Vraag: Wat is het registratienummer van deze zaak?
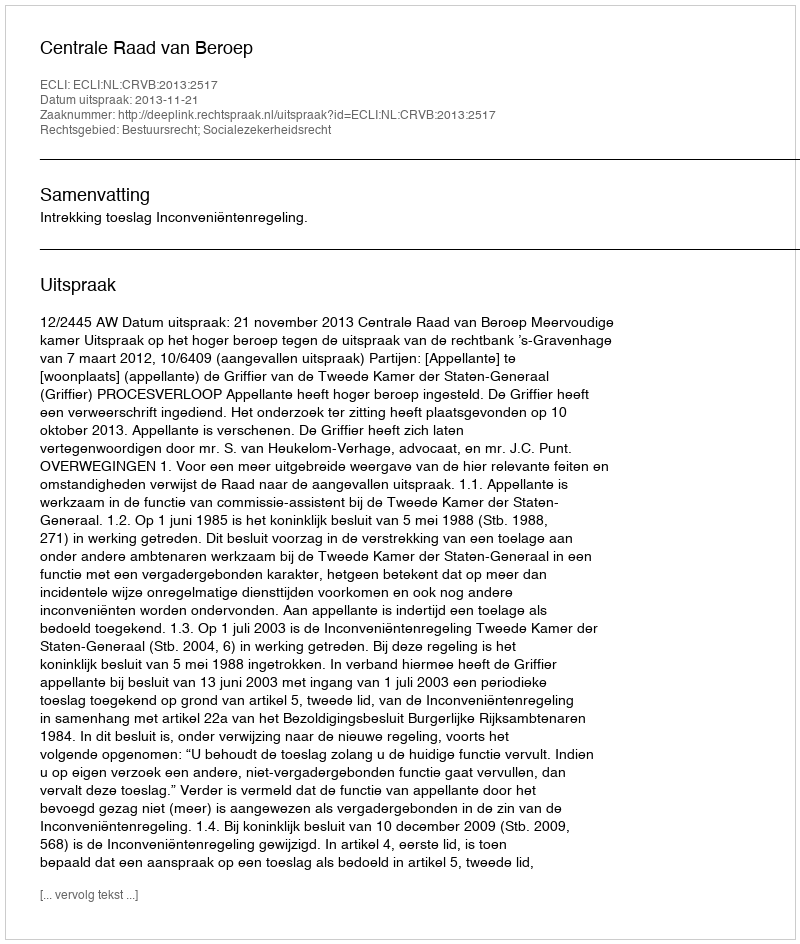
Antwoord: http://deeplink.rechtspraak.nl/uitspraak?id=ECLI:NL:CRVB:2013:2517